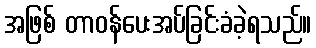
အဖြစ် တာဝန်ပေးအပ်ခြင်းခံခဲ့ရသည်။